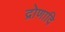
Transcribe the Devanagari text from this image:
द्रोणादि